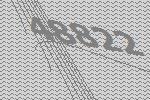
48822